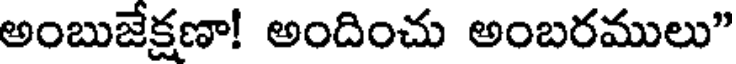
అంబుజేక్షణా! అందించు అంబరములు"